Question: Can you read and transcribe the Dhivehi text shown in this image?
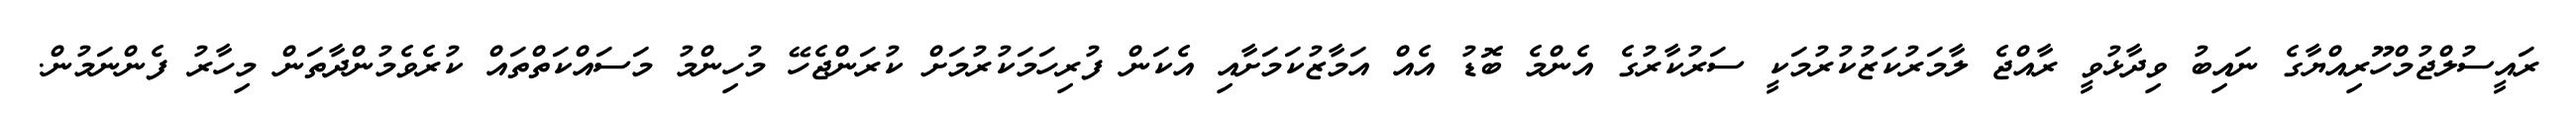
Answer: ރައީސުލްޖުމްހޫރިއްޔާގެ ނައިބު ވިދާޅުވީ ރާއްޖެ ލާމަރުކަޒުކުރުމަކީ ސަރުކާރުގެ އެންމެ ބޮޑު އެއް އަމާޒުކަމަށާއި އެކަން ފުރިހަމަކުރުމަށް ކުރަންޖެހޭ މުހިންމު މަސައްކަތްތައް ކުރެވެމުންދާތަން މިހާރު ފެންނަމުން.